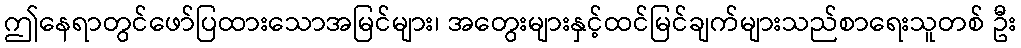
ဤနေရာတွင်ဖော်ပြထားသောအမြင်များ၊ အတွေးများနှင့်ထင်မြင်ချက်များသည်စာရေးသူတစ် ဦး